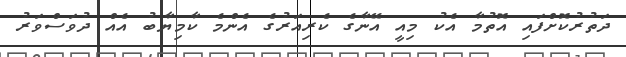
ދަތުރުކޮށްފައި އޮތުމާ އެކު މިއީ އޭނާގެ ކެރިއަރުގެ އެންމެ ކާމިޔާބު އެއް ދުވަސްވަރު